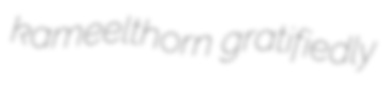
kameelthorn gratifiedly